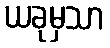
ယခုမှသာ